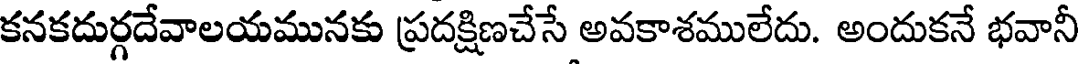
కనకదుర్గదేవాలయమునకు ప్రదక్షిణచేసే అవకాశములేదు. అందుకనే భవానీ